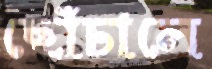
ছোঁচালে